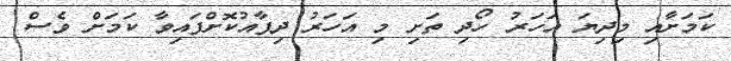
ކަމަށާއި މިދިޔަ އަހަރު ހޯދި ތަށި މި އަހަރު ދިފާއުކޮށްފައިވާ ކަމަށް ވެސް